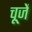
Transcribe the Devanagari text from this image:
चूजें